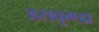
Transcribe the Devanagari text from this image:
असकुण्डा